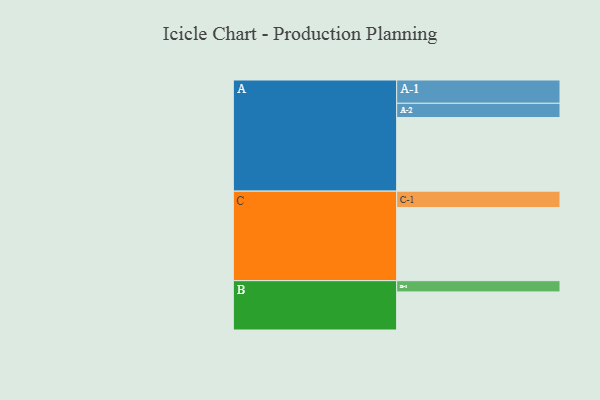
{"axis": {"x": "Segment", "y": "Value"}, "legend": ["", "A", "B", "C"], "data": [{"x": "A", "y": 582, "type": ""}, {"x": "B", "y": 301, "type": ""}, {"x": "C", "y": 578, "type": ""}, {"x": "A-1", "y": 184, "type": "A"}, {"x": "A-2", "y": 113, "type": "A"}, {"x": "B-1", "y": 89, "type": "B"}, {"x": "C-1", "y": 130, "type": "C"}]}